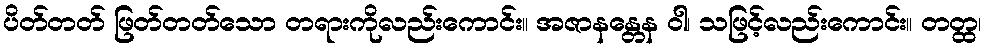
ပိတ်တတ် ဖြတ်တတ်သော တရားကိုလည်းကောင်း။ အဇာနန္တေန ဝါ၊ သဖြင့်လည်းကောင်း။ တတ္ထ၊